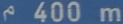
^{\wedge}400\